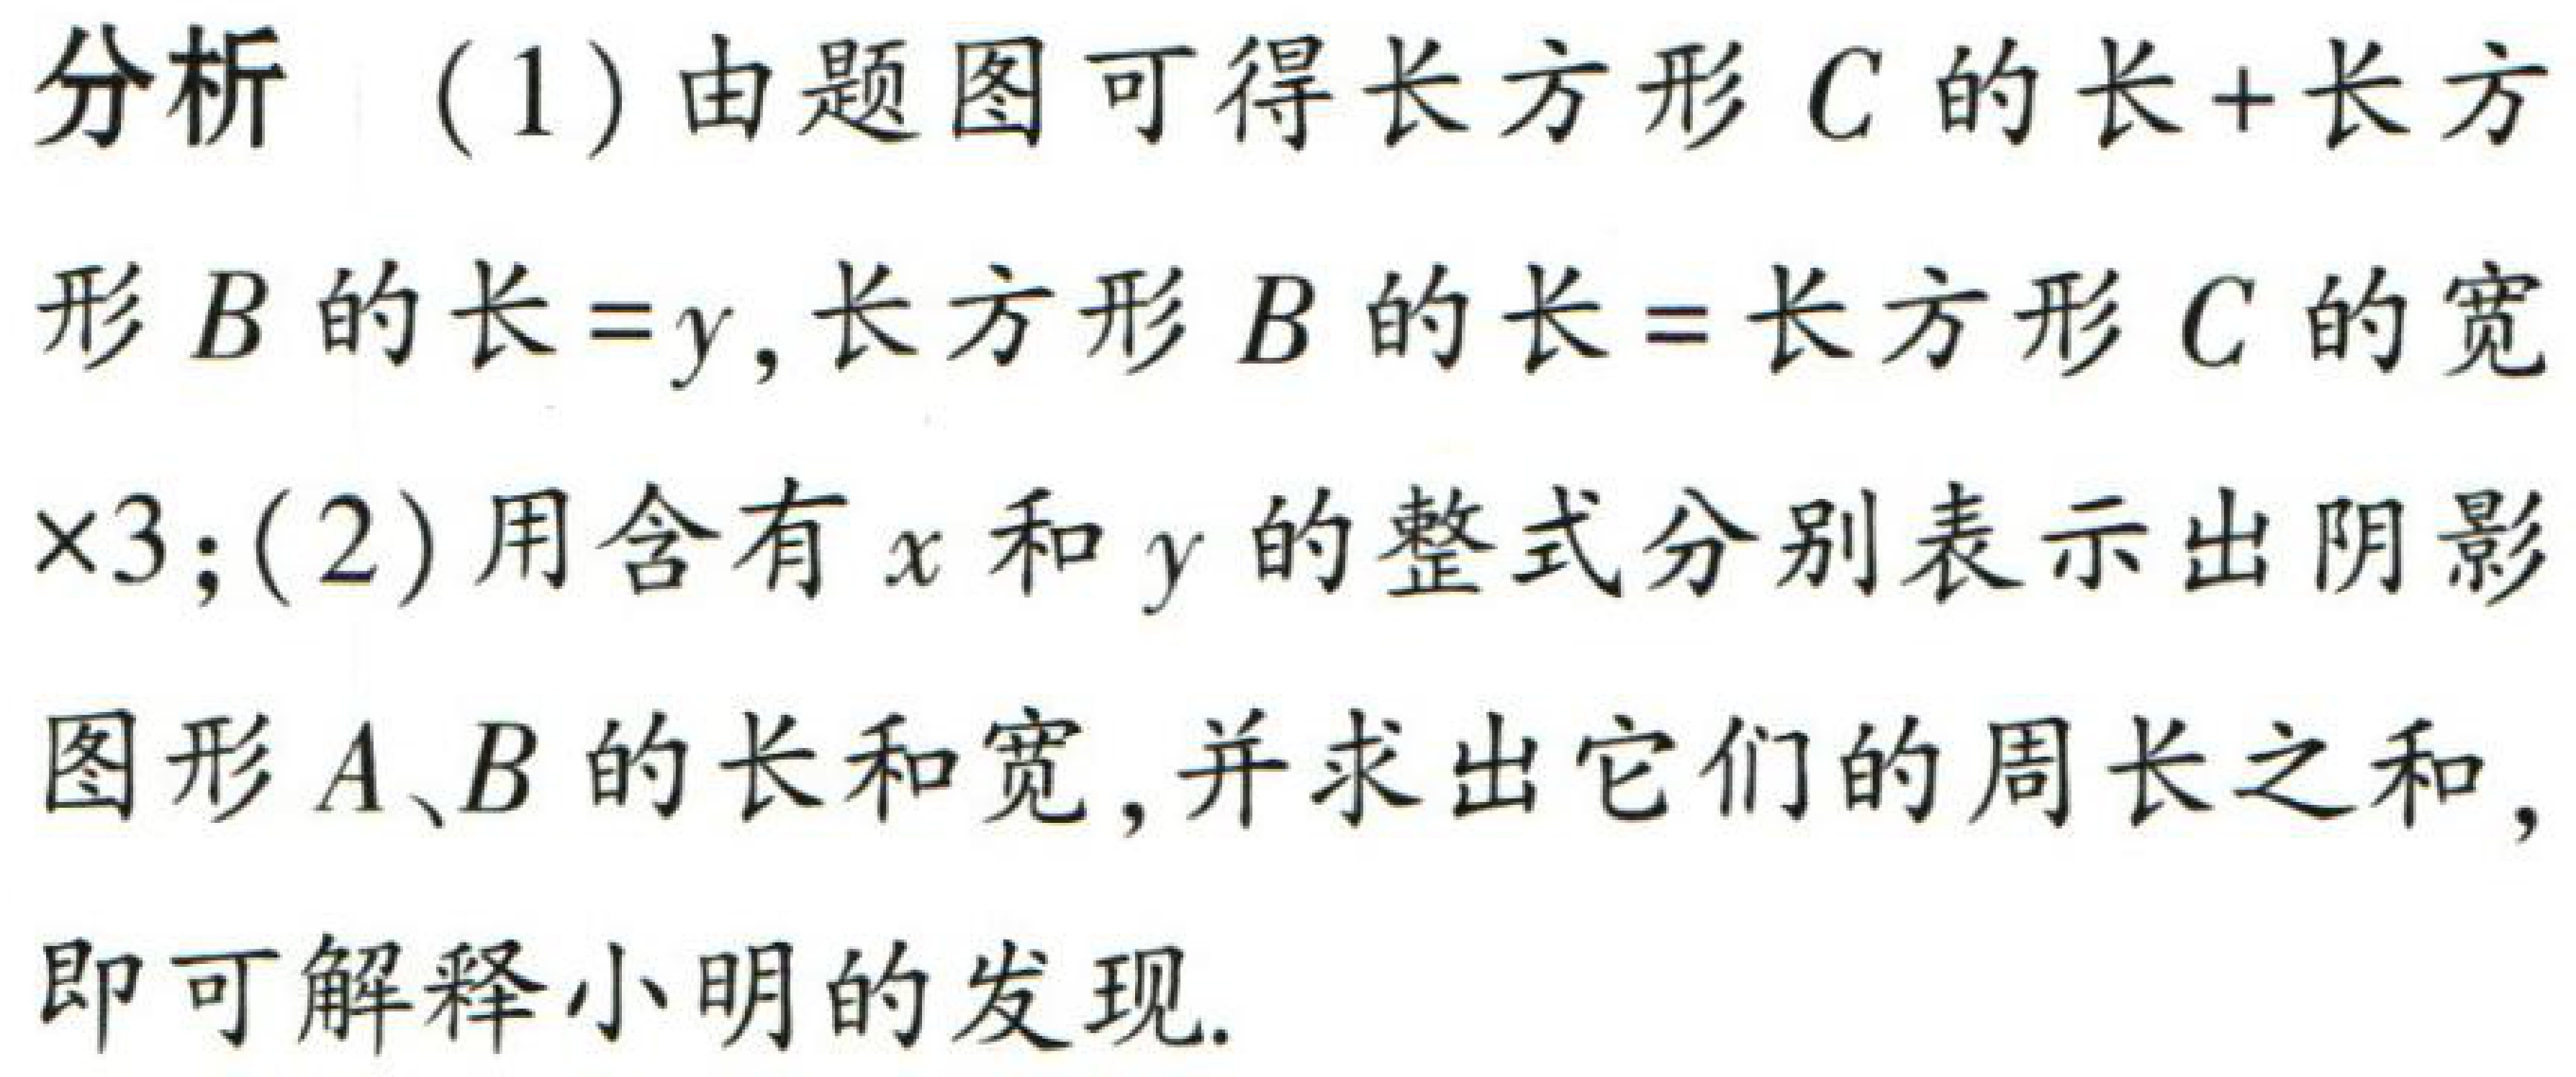
分析 （1）由题图可得长方形\(C\)的长+长方形\(B\)的长=\(y\),长方形\(B\)的长=长方形\(C\)的宽\(\times3\);（2）用含有\(x\)和\(y\)的整式分别表示出阴影图形\(A、B\)的长和宽,并求出它们的周长之和,即可解释小明的发现.